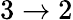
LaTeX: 3\to 2